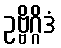
ဥဗ္ဗိဂ္ဂိဒံ